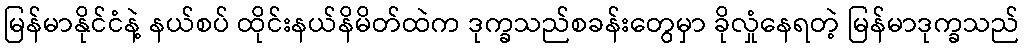
မြန်မာနိုင်ငံနဲ့ နယ်စပ် ထိုင်းနယ်နိမိတ်ထဲက ဒုက္ခသည်စခန်းတွေမှာ ခိုလှုံနေရတဲ့ မြန်မာဒုက္ခသည်